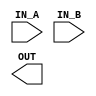
/*
    IEEE754 Standard for Floating-Point Arithmetic
*/

// ADDITION
module HALF_ADD (
    input  wire [15:0] IN_A,
    input  wire [15:0] IN_B,
    output wire [15:0] OUT
);
    
endmodule

module FLOAT_ADD (
    input  wire [31:0] IN_A,
    input  wire [31:0] IN_B,
    output wire [31:0] OUT
);

    wire            sign_a = IN_A[31   ]; 
    wire [7:0]  exponent_a = IN_A[30:23]; 
    wire [22:0] fraction_a = IN_A[22: 0];

    wire            sign_b = IN_B[31   ];
    wire [7:0]  exponent_b = IN_B[30:23];
    wire [22:0] fraction_b = IN_B[22: 0];
    
endmodule

module DOUBLE_ADD (
    input  wire [127:0] IN_A,
    input  wire [127:0] IN_B,
    output wire [127:0] OUT
);
    
endmodule

// SUBTRACTION
module HALF_SUB (
    input  wire [15:0] IN_A,
    input  wire [15:0] IN_B,
    output wire [15:0] OUT
);
    
endmodule

module FLOAT_SUB (
    input  wire [31:0] IN_A,
    input  wire [31:0] IN_B,
    output wire [31:0] OUT
);
    
endmodule

module DOUBLE_SUB (
    input  wire [127:0] IN_A,
    input  wire [127:0] IN_B,
    output wire [127:0] OUT
);
    
endmodule

// MULTIPLICATION
module HALF_MUL (
    input  wire [15:0] IN_A,
    input  wire [15:0] IN_B,
    output wire [15:0] OUT
);
    
endmodule

module FLOAT_MUL (
    input  wire [31:0] IN_A,
    input  wire [31:0] IN_B,
    output wire [31:0] OUT
);
    
endmodule

module DOUBLE_MUL (
    input  wire [127:0] IN_A,
    input  wire [127:0] IN_B,
    output wire [127:0] OUT
);
    
endmodule

// DIVISION
module HALF_DIV (
    input  wire [15:0] IN_A,
    input  wire [15:0] IN_B,
    output wire [15:0] OUT
);
    
endmodule

module FLOAT_DIV (
    input  wire [31:0] IN_A,
    input  wire [31:0] IN_B,
    output wire [31:0] OUT
);
    
endmodule

module DOUBLE_DIV (
    input  wire [127:0] IN_A,
    input  wire [127:0] IN_B,
    output wire [127:0] OUT
);
    
endmodule

// DIVISION AND REMAINDER
module HALF_DIV_WITH_REM (
    input  wire [15:0] IN_A,
    input  wire [15:0] IN_B,
    output wire [15:0] OUT
);
    
endmodule

module FLOAT_DIV_WITH_REM (
    input  wire [31:0] IN_A,
    input  wire [31:0] IN_B,
    output wire [31:0] OUT
);
    
endmodule

module DOUBLE_DIV_WITH_REM (
    input  wire [127:0] IN_A,
    input  wire [127:0] IN_B,
    output wire [127:0] OUT
);
    
endmodule